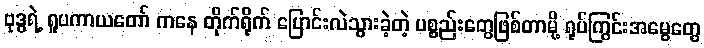
ဗုဒ္ဓရဲ့ ရူပကာယတော် ကနေ တိုက်ရိုက် ပြောင်းလဲသွားခဲ့တဲ့ ပစ္စည်းတွေဖြစ်တာမို့ ရုပ်ကြွင်းအမွေတွေ